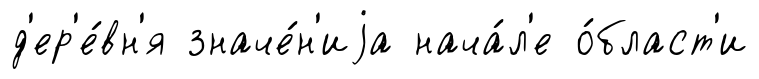
д'ер'е́вн'я значе́н'иjа нача́л'е о́бласт'и